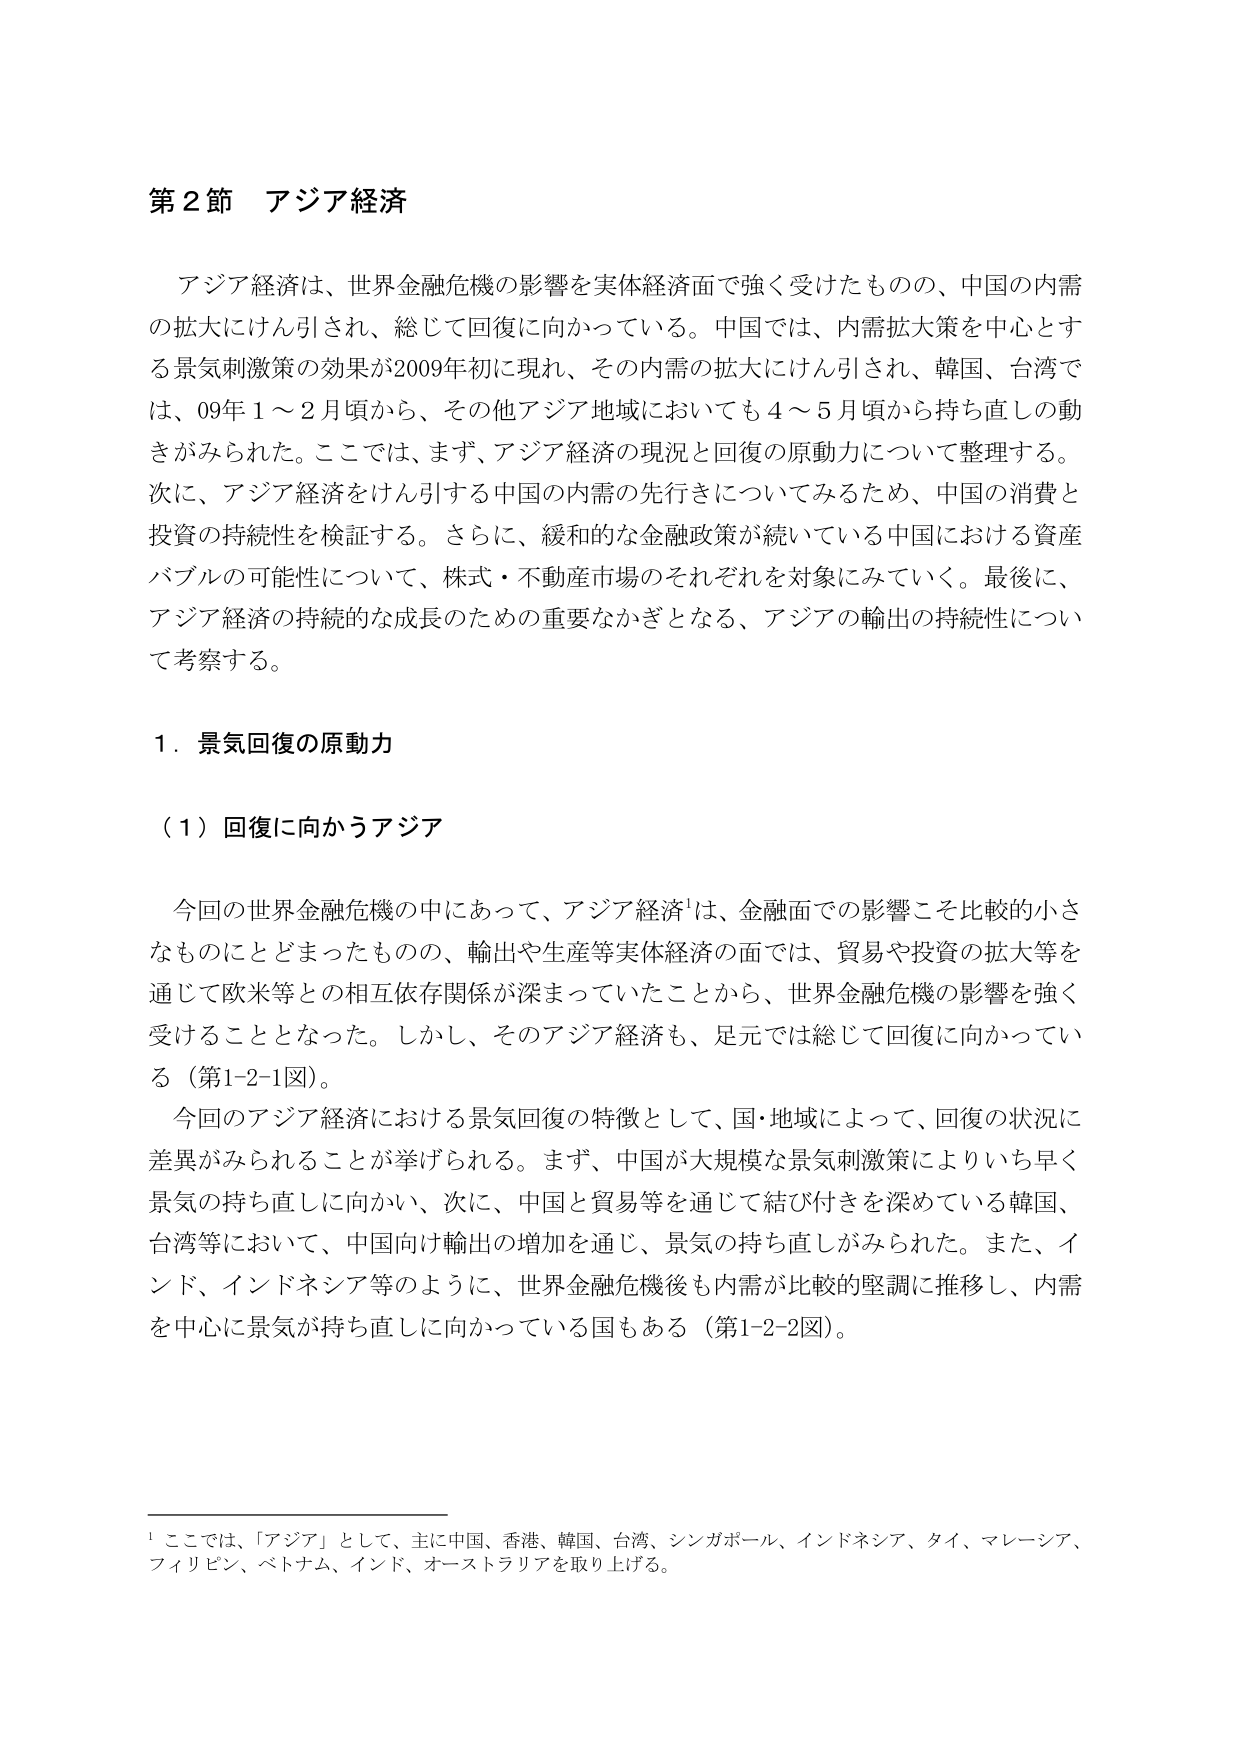
第2節 アジア経済

アジア経済は、世界金融危機の影響を実体経済面で強く受けたものの、中国の内需の拡大にはん引され、総じて回復に向かっている。中国では、内需拡大策を中心とする景気刺激策の効果が2009年初に現れ、その内需の拡大にはん引され、韓国、台湾では、09年1～2月頃から、その他アジア地域においても4～5月頃から持ち直しの動きがみられた。ここでは、まず、アジア経済の現況と回復の原動力について整理する。次に、アジア経済をけん引する中国の内需の先行きについてみるため、中国の消費と投資の持続性を検証する。さらに、緩和的な金融政策が続いている中国における資産バブルの可能性について、株式・不動産市場のそれぞれを対象にみていく。最後に、アジア経済の持続的な成長のための重要なかぎとなる、アジアの輸出の持続性について考察する。

1．景気回復の原動力

（1）回復に向かうアジア

今回の世界金融危機の中にあって、アジア経済¹は、金融面での影響こそ比較的小さなものにとどまったものの、輸出や生産等実体経済の面では、貿易や投資の拡大等を通じて欧米等との相互依存関係が深まっていたことから、世界金融危機の影響を強く受けることとなった。しかし、そのアジア経済も、足元では総じて回復に向かっている（第1-2-1図）。

今回のアジア経済における景気回復の特徴として、国・地域によって、回復の状況に差異がみられることが挙げられる。まず、中国が大規模な景気刺激策によりいち早く景気の持ち直しに向かい、次に、中国と貿易等を通じて結び付きを深めている韓国、台湾等において、中国向け輸出の増加を通じ、景気の持ち直しがみられた。また、インド、インドネシア等のように、世界金融危機後も内需が比較的堅調に推移し、内需を中心に景気が持ち直しに向かっている国もある（第1-2-2図）。

¹ ここでは、「アジア」として、主に中国、香港、韓国、台湾、シンガポール、インドネシア、タイ、マレーシア、フィリピン、ベトナム、インド、オーストラリアを取り上げる。